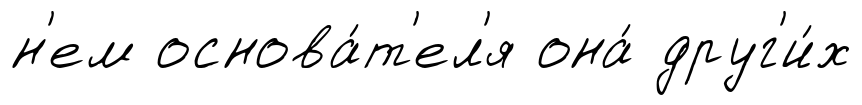
н'ем основа́т'ел'я она́ друг'и́х